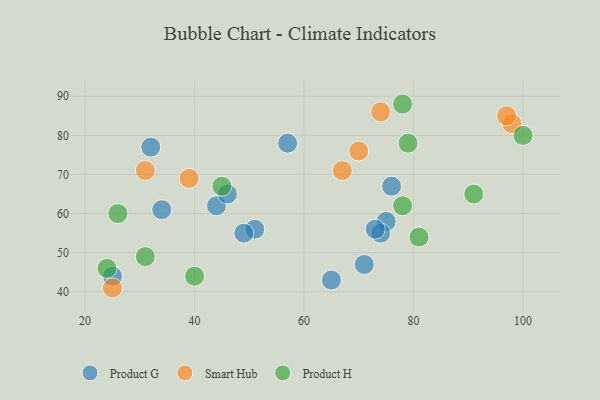
{"axis": {"x": "GDP", "y": "Life Expectancy"}, "legend": ["Product G", "Product H", "Smart Hub"], "data": [{"x": "44", "y": 62, "type": "Product G"}, {"x": "46", "y": 65, "type": "Product G"}, {"x": "71", "y": 47, "type": "Product G"}, {"x": "75", "y": 58, "type": "Product G"}, {"x": "76", "y": 67, "type": "Product G"}, {"x": "25", "y": 44, "type": "Product G"}, {"x": "57", "y": 78, "type": "Product G"}, {"x": "74", "y": 55, "type": "Product G"}, {"x": "51", "y": 56, "type": "Product G"}, {"x": "34", "y": 61, "type": "Product G"}, {"x": "49", "y": 55, "type": "Product G"}, {"x": "32", "y": 77, "type": "Product G"}, {"x": "65", "y": 43, "type": "Product G"}, {"x": "73", "y": 56, "type": "Product G"}, {"x": "70", "y": 76, "type": "Smart Hub"}, {"x": "31", "y": 71, "type": "Smart Hub"}, {"x": "39", "y": 69, "type": "Smart Hub"}, {"x": "74", "y": 86, "type": "Smart Hub"}, {"x": "98", "y": 83, "type": "Smart Hub"}, {"x": "67", "y": 71, "type": "Smart Hub"}, {"x": "25", "y": 41, "type": "Smart Hub"}, {"x": "97", "y": 85, "type": "Smart Hub"}, {"x": "45", "y": 67, "type": "Product H"}, {"x": "24", "y": 46, "type": "Product H"}, {"x": "81", "y": 54, "type": "Product H"}, {"x": "78", "y": 88, "type": "Product H"}, {"x": "100", "y": 80, "type": "Product H"}, {"x": "78", "y": 62, "type": "Product H"}, {"x": "40", "y": 44, "type": "Product H"}, {"x": "31", "y": 49, "type": "Product H"}, {"x": "79", "y": 78, "type": "Product H"}, {"x": "26", "y": 60, "type": "Product H"}, {"x": "91", "y": 65, "type": "Product H"}]}